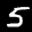
Label: 5